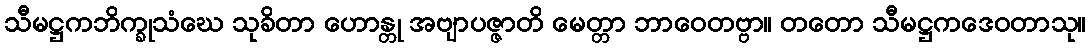
သီမဋ္ဌကဘိက္ခုသံဃေ သုခိတာ ဟောန္တု အဗျာပဇ္ဇာတိ မေတ္တာ ဘာဝေတဗ္ဗာ။ တတော သီမဋ္ဌကဒေဝတာသု။